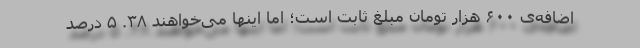
اضافه‌ی ۶۰۰ هزار تومان مبلغ ثابت است؛ اما اینها می‌خواهند ۳۸. ۵ درصد